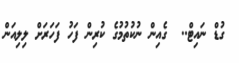
ގުޑް ނައިޓް..  ގެއިން ނުކުތުމުގެ ކުރިން ފަހު ފަހަރަށް ލިލިއަން